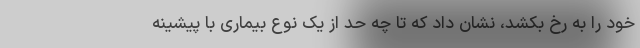
خود را به رخ بکشد، نشان داد که تا چه حد از یک نوع بیماری با پیشینه